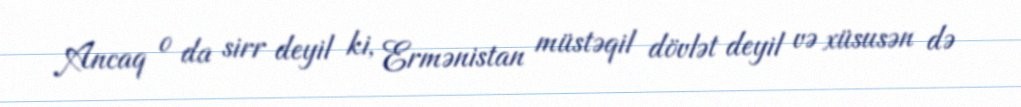
Ancaq o da sirr deyil ki, Ermənistan müstəqil dövlət deyil və xüsusən də